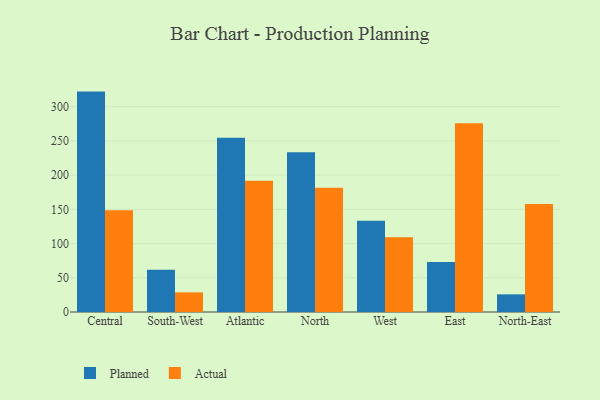
{"axis": {"x": "Region", "y": "Satisfaction Score"}, "legend": ["Actual", "Planned"], "data": [{"x": "Central", "y": 322.1, "type": "Planned"}, {"x": "Central", "y": 148.6, "type": "Actual"}, {"x": "South-West", "y": 61.8, "type": "Planned"}, {"x": "South-West", "y": 28.7, "type": "Actual"}, {"x": "Atlantic", "y": 254.5, "type": "Planned"}, {"x": "Atlantic", "y": 191.9, "type": "Actual"}, {"x": "North", "y": 233.5, "type": "Planned"}, {"x": "North", "y": 181.7, "type": "Actual"}, {"x": "West", "y": 133.4, "type": "Planned"}, {"x": "West", "y": 109.1, "type": "Actual"}, {"x": "East", "y": 73.1, "type": "Planned"}, {"x": "East", "y": 275.8, "type": "Actual"}, {"x": "North-East", "y": 25.8, "type": "Planned"}, {"x": "North-East", "y": 157.9, "type": "Actual"}]}